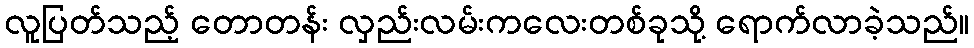
လူပြတ်သည့် တောတန်း လှည်းလမ်းကလေးတစ်ခုသို့ ရောက်လာခဲ့သည်။